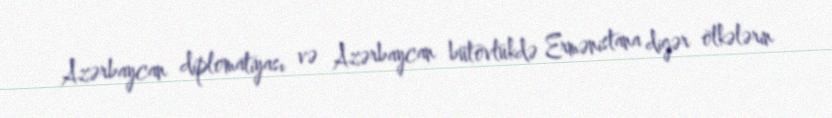
Azərbaycan diplomatiyası və Azərbaycan bütövlükdə Ermənistana digər ölkələrin